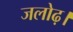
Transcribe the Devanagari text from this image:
जलोढ़।